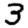
Digit: 3